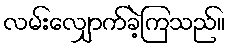
လမ်းလျှောက်ခဲ့ကြသည်။